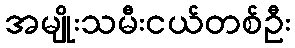
အမျိုးသမီးငယ်တစ်ဦး